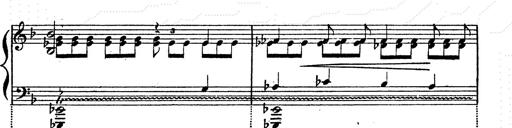
Title: Franz Schuberts geistliche Lieder
Composer: Franz Liszt